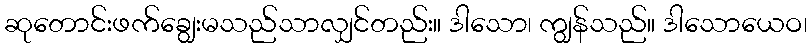
ဆုတောင်းဖက်ချွေးမသည်သာလျှင်တည်း။ ဒါသော၊ ကျွန်သည်။ ဒါသောယေဝ၊